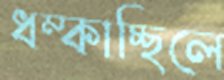
ধম্‌কাচ্ছিলে